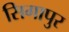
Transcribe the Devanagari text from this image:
सिगापुर